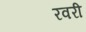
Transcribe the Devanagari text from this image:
रवरी